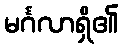
မင်္ဂလာရှိ၏